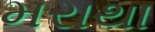
મરાથા